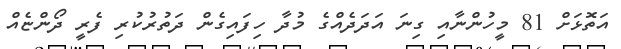
އަތޮޅަށް 81 މީހުންނާއި ގިނަ އަދަދެއްގެ މުދާ ހިފައިގެން ދަތުރުކުރި ފެރީ ދޯންޏެއް